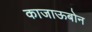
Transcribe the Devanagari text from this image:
काजाऊबोन